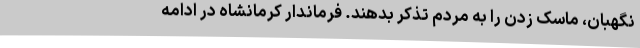
نگهبان، ماسک زدن را به مردم تذکر بدهند. فرماندار کرمانشاه در ادامه